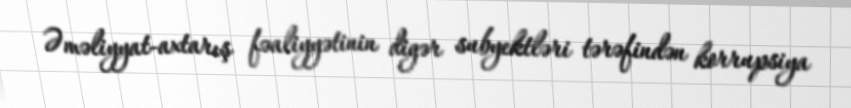
Əməliyyat-axtarış fəaliyyətinin digər subyektləri tərəfindən korrupsiya